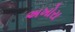
અખોરા